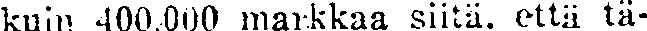
kuin 400,000 markkaa siitä. että tä-